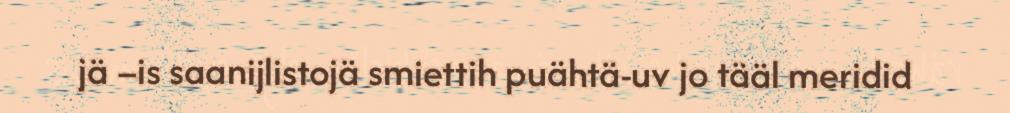
jä –is saanijlistojä smiettih puähtä-uv jo tääl meridid